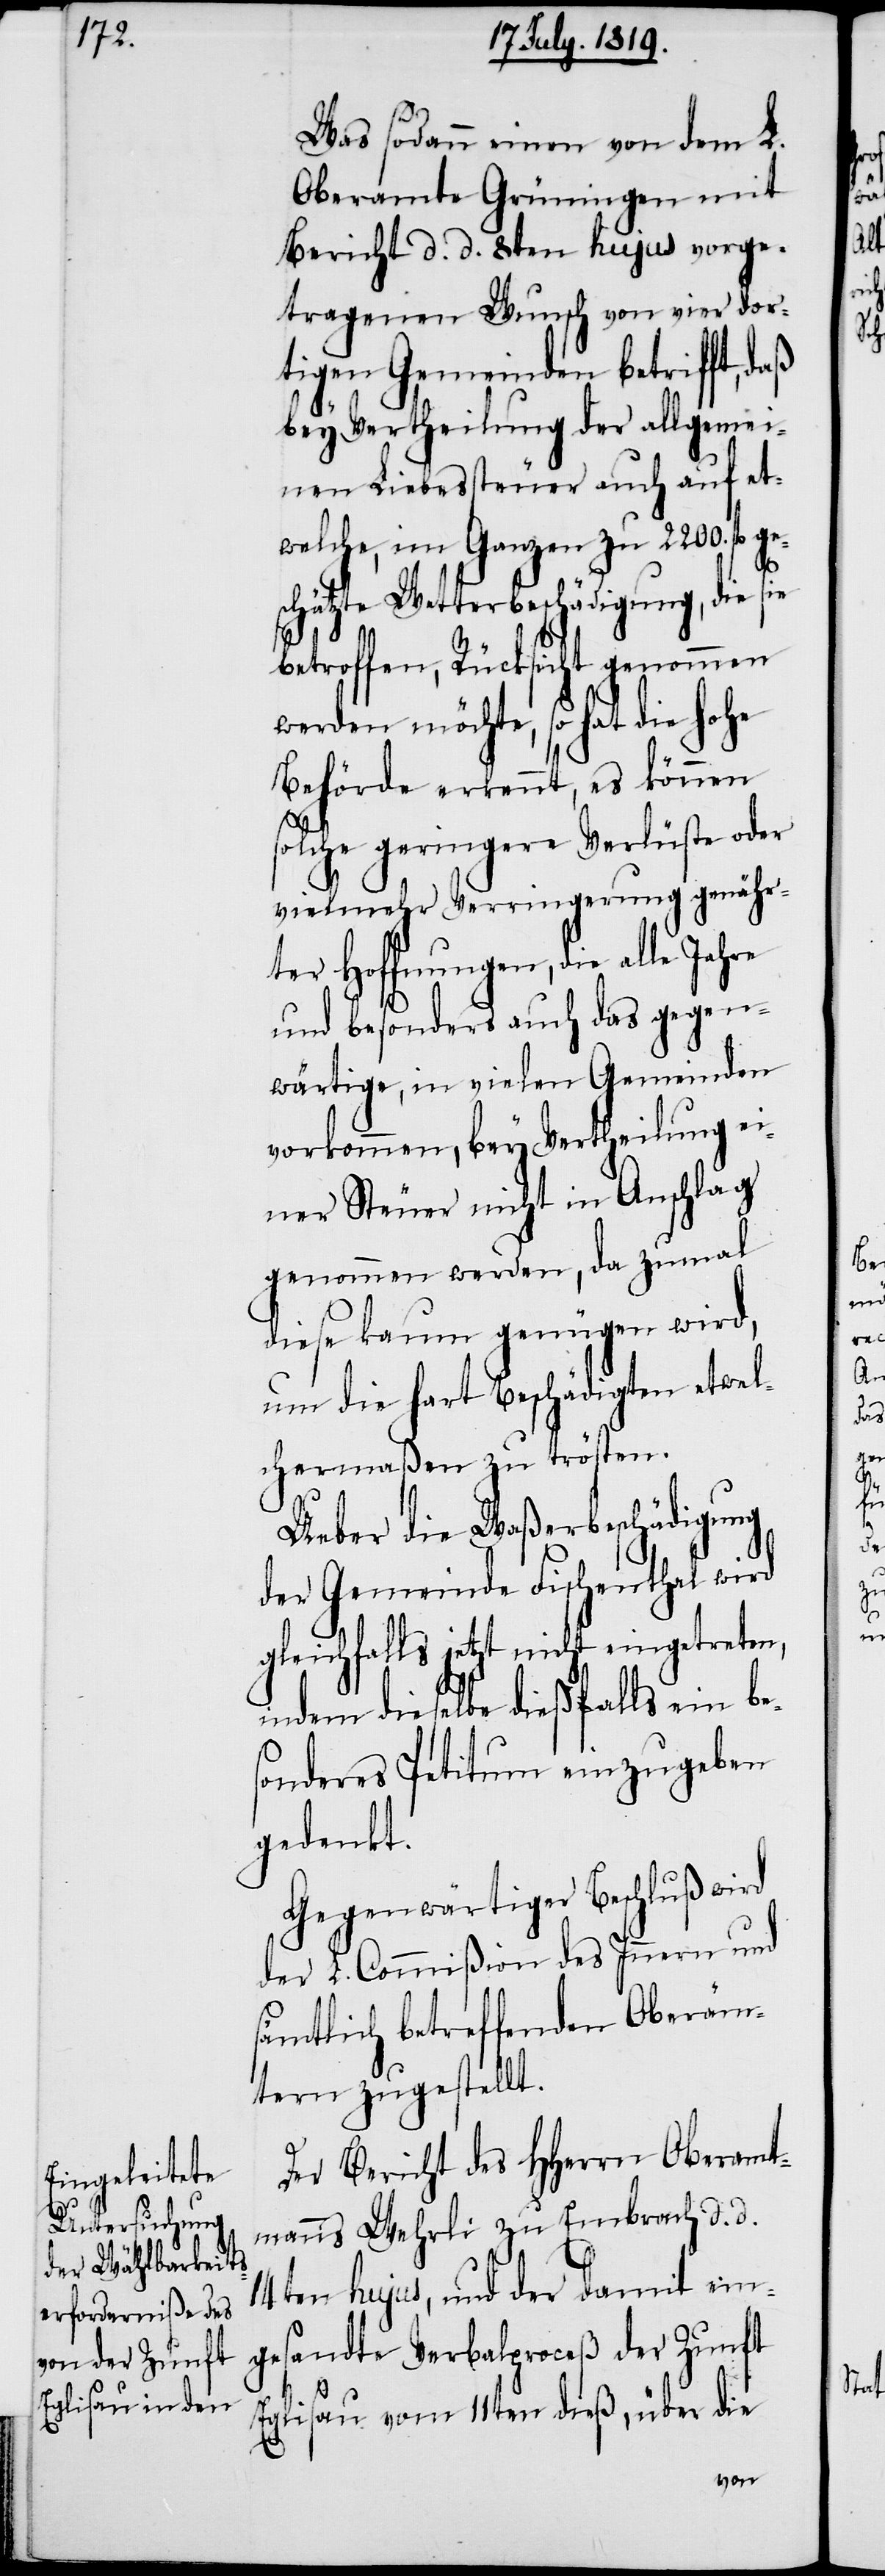
Was sodann einen von dem L.
Oberamte Grüningen mit
Bericht d. d. 8ten hujus vorge¬
tragenen Wunsch von vier dor¬
tigen Gemeinden betrifft, daß
bey Vertheilung der allgemei¬
nen Liebessteuer auch auf et¬
welche, im Ganzen zu 2200. fl. ge¬
schätzte Wetterbeschädigung, die sie
betroffen, Rücksicht genommen
werden möchte, so hat die hohe
Behörde erkennt, es können
solche geringere Verlüste oder
vielmehr Verringerung genähr¬
ter Hoffnungen, die alle Jahre
und besonders auch das gegen¬
wärtige, in vielen Gemeinden
vorkommen, bey Vertheilung ei¬
ner Steuer nicht in Anschlag
genommen werden, da zumal
diese kaum genügen wird,
um die hart Beschädigten etwel¬
chermaßen zu trösten.
Ueber die Waßerbeschädigung
der Gemeinde Fischenthal wird
gleichfalls jetzt nicht eingetreten,
indem dieselbe dießfalls ein be¬
sonderes Petitum einzugeben
gedenkt.
Gegenwärtiger Beschluß wird
der L. Commißion des Innern und
sämtlich betreffenden Oberäm¬
tern zugestellt.
Der Bericht des HHerrn Oberamt¬
manns Wehrli zu Embrach d. d.
14ten hujus, und der damit ein¬
gesandte Verbalproceß der Zunft
Eglisau vom 11ten dieß, über die